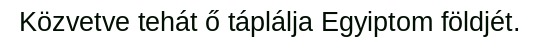
Közvetve tehát ő táplálja Egyiptom földjét.